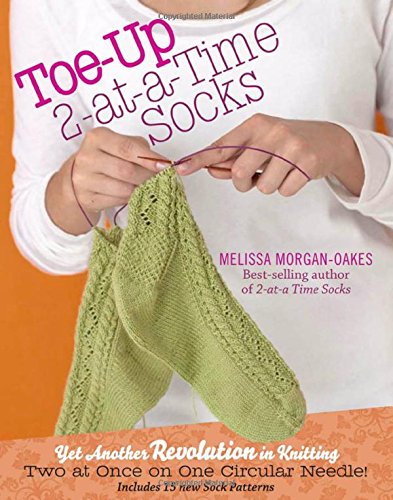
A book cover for Toe-Up 2-at-a-Time Socks; Melissa Morgan-Oakes; Crafts, Hobbies & Home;